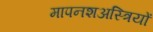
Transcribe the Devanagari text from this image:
मापनशअस्त्रियों